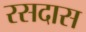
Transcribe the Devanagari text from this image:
रसदास